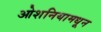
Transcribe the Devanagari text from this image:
ओशनियामधून